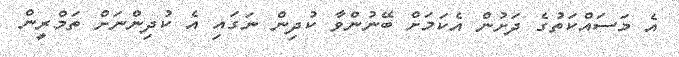
އެ މަސައްކަތުގެ ދަށުން އެކަމަށް ބޭނުންވާ ކުދިން ނަގައި އެ ކުދިންނަށް ތަމްރީން